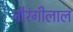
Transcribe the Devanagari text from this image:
नौरंगीलाल